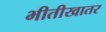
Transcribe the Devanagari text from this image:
भीतीखातर